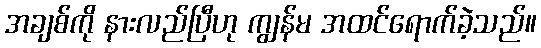
အချစ်ကို နားလည်ပြီဟု ကျွန်မ အထင်ရောက်ခဲ့သည်။